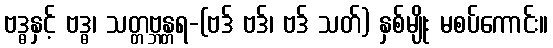
ဗဒ္ဓနှင့် ဗဒ္ဓ၊ သတ္တဗ္ဘန္တရ-(ဗဒ် ဗဒ်၊ ဗဒ် သတ်) နှစ်မျိုး မစပ်ကောင်း။